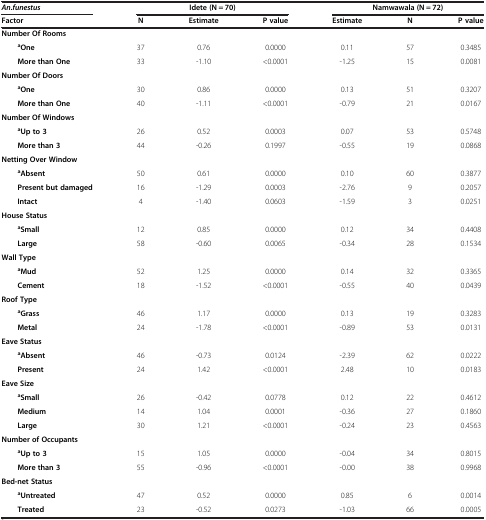
<table><thead><tr><td><b><i>An.funestus</i></b></td><td colspan="3"><b>Idete (N = 70)</b></td><td colspan="3"><b>Namwawala (N = 72)</b></td></tr><tr><td><b>Factor</b></td><td><b>N</b></td><td><b>Estimate</b></td><td><b>P value</b></td><td><b>Estimate</b></td><td><b>N</b></td><td><b>P value</b></td></tr></thead><tbody><tr><td><b>Number Of Rooms</b></td><td> </td><td> </td><td> </td><td> </td><td> </td><td> </td></tr><tr><td><sup><b>a</b></sup><b>One</b></td><td>37</td><td>0.76</td><td>0.0000</td><td>0.11</td><td>57</td><td>0.3485</td></tr><tr><td><b>More than One</b></td><td>33</td><td>-1.10</td><td>&lt;0.0001</td><td>-1.25</td><td>15</td><td>0.0081</td></tr><tr><td><b>Number Of Doors</b></td><td> </td><td> </td><td> </td><td> </td><td> </td><td> </td></tr><tr><td><sup><b>a</b></sup><b>One</b></td><td>30</td><td>0.86</td><td>0.0000</td><td>0.13</td><td>51</td><td>0.3207</td></tr><tr><td><b>More than One</b></td><td>40</td><td>-1.11</td><td>&lt;0.0001</td><td>-0.79</td><td>21</td><td>0.0167</td></tr><tr><td><b>Number Of Windows</b></td><td> </td><td> </td><td> </td><td> </td><td> </td><td> </td></tr><tr><td><sup><b>a</b></sup><b>Up to 3</b></td><td>26</td><td>0.52</td><td>0.0003</td><td>0.07</td><td>53</td><td>0.5748</td></tr><tr><td><b>More than 3</b></td><td>44</td><td>-0.26</td><td>0.1997</td><td>-0.55</td><td>19</td><td>0.0868</td></tr><tr><td><b>Netting Over Window</b></td><td> </td><td> </td><td> </td><td> </td><td> </td><td> </td></tr><tr><td><sup><b>a</b></sup><b>Absent</b></td><td>50</td><td>0.61</td><td>0.0000</td><td>0.10</td><td>60</td><td>0.3877</td></tr><tr><td><b>Present but damaged</b></td><td>16</td><td>-1.29</td><td>0.0003</td><td>-2.76</td><td>9</td><td>0.2057</td></tr><tr><td><b>Intact</b></td><td>4</td><td>-1.40</td><td>0.0603</td><td>-1.59</td><td>3</td><td>0.0251</td></tr><tr><td><b>House Status</b></td><td> </td><td> </td><td> </td><td> </td><td> </td><td> </td></tr><tr><td><sup><b>a</b></sup><b>Small</b></td><td>12</td><td>0.85</td><td>0.0000</td><td>0.12</td><td>34</td><td>0.4408</td></tr><tr><td><b>Large</b></td><td>58</td><td>-0.60</td><td>0.0065</td><td>-0.34</td><td>28</td><td>0.1534</td></tr><tr><td><b>Wall Type</b></td><td> </td><td> </td><td> </td><td> </td><td> </td><td> </td></tr><tr><td><sup><b>a</b></sup><b>Mud</b></td><td>52</td><td>1.25</td><td>0.0000</td><td>0.14</td><td>32</td><td>0.3365</td></tr><tr><td><b>Cement</b></td><td>18</td><td>-1.52</td><td>&lt;0.0001</td><td>-0.55</td><td>40</td><td>0.0439</td></tr><tr><td><b>Roof Type</b></td><td> </td><td> </td><td> </td><td> </td><td> </td><td> </td></tr><tr><td><sup><b>a</b></sup><b>Grass</b></td><td>46</td><td>1.17</td><td>0.0000</td><td>0.13</td><td>19</td><td>0.3283</td></tr><tr><td><b>Metal</b></td><td>24</td><td>-1.78</td><td>&lt;0.0001</td><td>-0.89</td><td>53</td><td>0.0131</td></tr><tr><td><b>Eave Status</b></td><td> </td><td> </td><td> </td><td> </td><td> </td><td> </td></tr><tr><td><sup><b>a</b></sup><b>Absent</b></td><td>46</td><td>-0.73</td><td>0.0124</td><td>-2.39</td><td>62</td><td>0.0222</td></tr><tr><td><b>Present</b></td><td>24</td><td>1.42</td><td>&lt;0.0001</td><td>2.48</td><td>10</td><td>0.0183</td></tr><tr><td><b>Eave Size</b></td><td> </td><td> </td><td> </td><td> </td><td> </td><td> </td></tr><tr><td><sup><b>a</b></sup><b>Small</b></td><td>26</td><td>-0.42</td><td>0.0778</td><td>0.12</td><td>22</td><td>0.4612</td></tr><tr><td><b>Medium</b></td><td>14</td><td>1.04</td><td>0.0001</td><td>-0.36</td><td>27</td><td>0.1860</td></tr><tr><td><b>Large</b></td><td>30</td><td>1.21</td><td>&lt;0.0001</td><td>-0.24</td><td>23</td><td>0.4563</td></tr><tr><td><b>Number of Occupants</b></td><td> </td><td> </td><td> </td><td> </td><td> </td><td> </td></tr><tr><td><sup><b>a</b></sup><b>Up to 3</b></td><td>15</td><td>1.05</td><td>0.0000</td><td>-0.04</td><td>34</td><td>0.8015</td></tr><tr><td><b>More than 3</b></td><td>55</td><td>-0.96</td><td>&lt;0.0001</td><td>-0.00</td><td>38</td><td>0.9968</td></tr><tr><td><b>Bed-net Status</b></td><td> </td><td> </td><td> </td><td> </td><td> </td><td> </td></tr><tr><td><sup><b>a</b></sup><b>Untreated</b></td><td>47</td><td>0.52</td><td>0.0000</td><td>0.85</td><td>6</td><td>0.0014</td></tr><tr><td><b>Treated</b></td><td>23</td><td>-0.52</td><td>0.0273</td><td>-1.03</td><td>66</td><td>0.0005</td></tr></tbody></table>